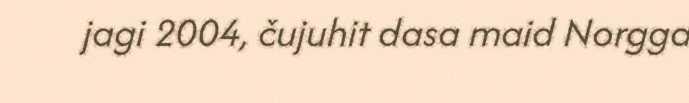
jagi 2004, čujuhit dasa maid Norgga